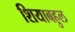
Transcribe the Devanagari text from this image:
शियाबहुल